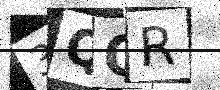
Text: 3QOR